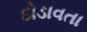
દોડાવતા